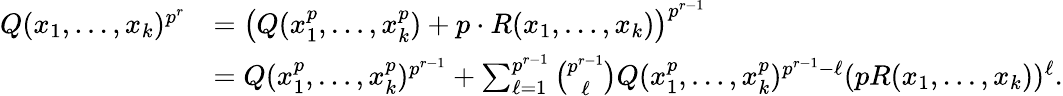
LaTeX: \begin{array}{rl}{Q(x_{1},\ldots,x_{k})^{p^{r}}}&{=\left(Q(x_{1}^{p},\dots,x_{k}^{p})+p\cdot R(x_{1},\dots,x_{k})\right)^{p^{r-1}}}\\ &{=Q(x_{1}^{p},\ldots,x_{k}^{p})^{p^{r-1}}+\sum_{\ell=1}^{p^{r-1}}\binom{p^{r-1}}{\ell}Q(x_{1}^{p},\ldots,x_{k}^{p})^{p^{r-1}-\ell}(pR(x_{1},\ldots,x_{k}))^{\ell}.}\end{array}